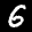
Label: 6